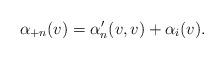
LaTeX: \begin{align*} \alpha_{+n}(v)=\alpha'_n(v,v)+\alpha_i(v).\end{align*}